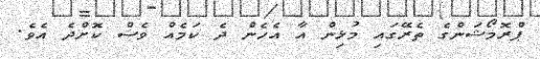
ޕްރޮމޯޝަންގެ ތެރޭގައި މުޅިން އާ އެހެން ދެ ކަމެއް ވެސް ކޮށްދެ އެވެ.